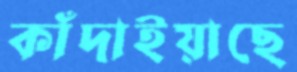
কাঁদাইয়াছে